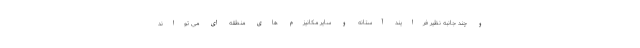
و چند جانبه نظیر فرایند آستانه و سایر مکانیزم های منطقه ای می تواند